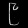
Digit: ၉